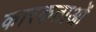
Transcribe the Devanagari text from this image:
कारकताओं